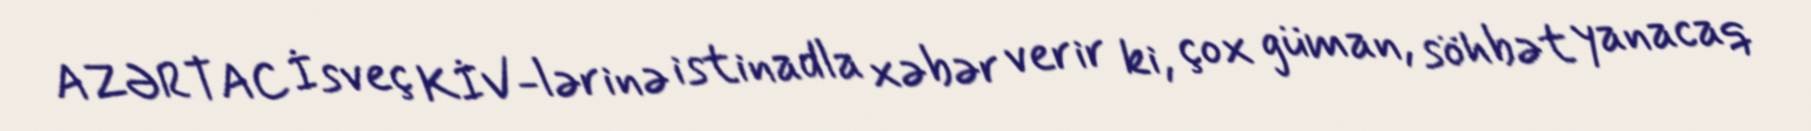
AZƏRTAC İsveç KİV-lərinə istinadla xəbər verir ki, çox güman, söhbət yanacaq